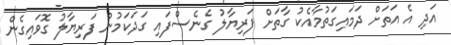
އަދި އެ އަތަށް ދަމައިގަތުމާއެކު ގާތަށް ފަރިޔާލު ގެނެސްފައި ގަދަކަމުން ފަރިޔާލު ގޮވައިގެން